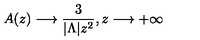
A ( z ) \longrightarrow \frac { 3 } { | { \Lambda } | z ^ { 2 } } , z \longrightarrow + \infty